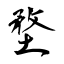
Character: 堥